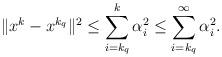
LaTeX: \begin{align*}\|x^k-x^{k_q}\|^2 \leq \sum_{i=k_q}^k \alpha_i^2\leq \sum_{i=k_q}^{\infty} \alpha_i^2.\end{align*}